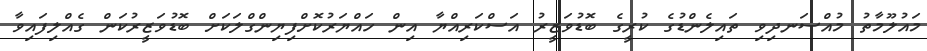
މައުލޫމާތު މުއްސަނދިވި ތައިލެންޑުގެ ކުރީގެ ބޮޑުވަޒީރު އަސްކަރިއްޔާ އިން ހައްޔަރުކޮށްފިޔިންގްލަކަށް ބޮޑުވަޒީރުކަން ގެއްލިފައިވާ